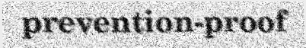
prevention-proof